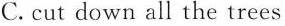
C. cut down all the trees